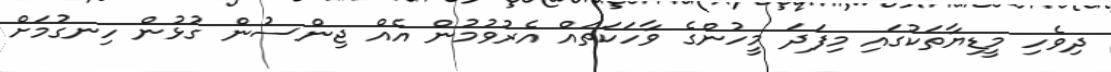
ދިވެހި މީޑިޔާތަކުގައި މިފަދަ މީހުންގެ ވާހަކަތައް އެރުވުމުން އެއް ޖިންސުން ގުޅުން ހިނގުމަށް